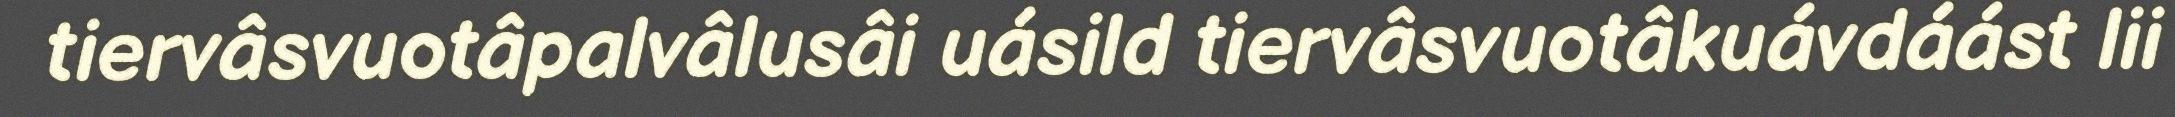
tiervâsvuotâpalvâlusâi uásild tiervâsvuotâkuávdáást lii